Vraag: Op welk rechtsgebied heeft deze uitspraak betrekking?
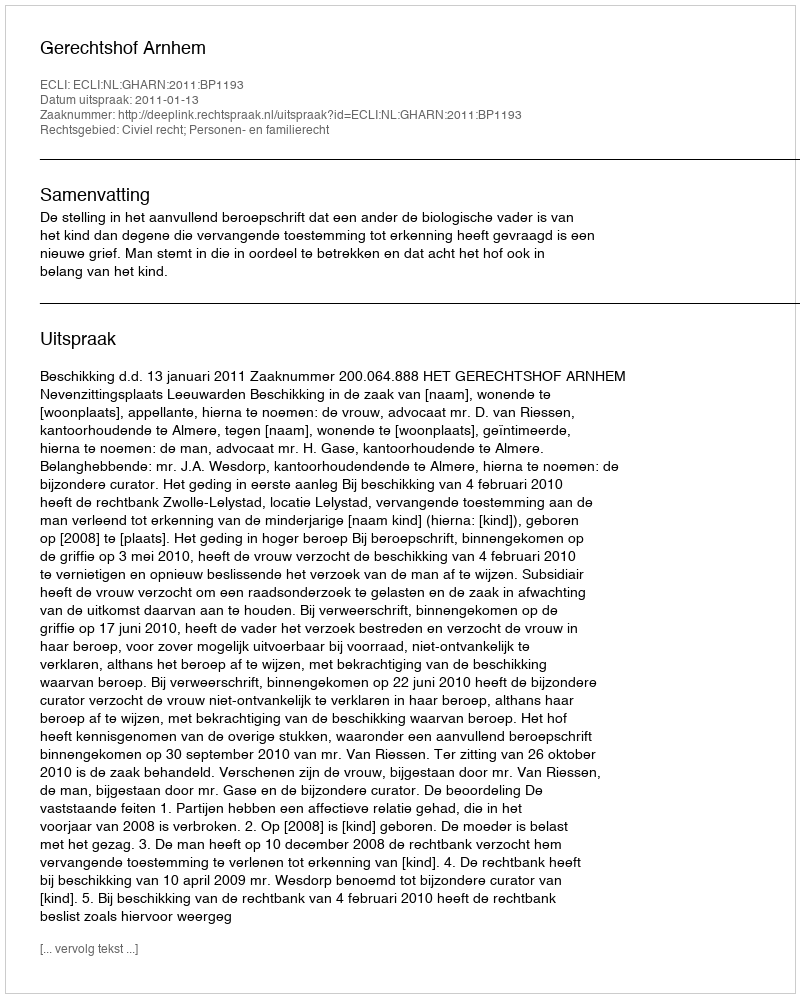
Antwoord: Civiel recht; Personen- en familierecht